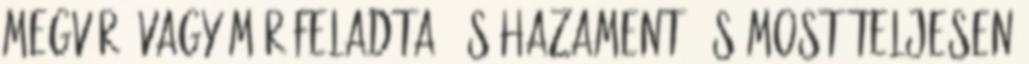
megvár? Vagy már feladta, és hazament, és most teljesen